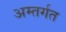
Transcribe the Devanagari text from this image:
अम्तर्गत